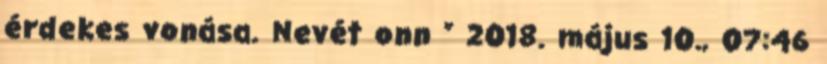
érdekes vonása. Nevét onn ” 2018. május 10., 07:46